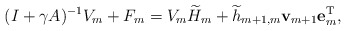
\begin{align*}(I+\gamma A)^{-1}V_{m}+F_{m}=V_{m}\widetilde{H}_{m}+\widetilde{h}_{m+1,m}{\bf v}_{m+1}{\bf e}_{m}^{\rm T},\end{align*}